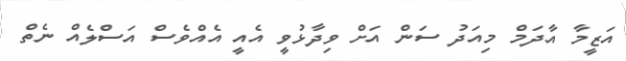
އަޒީމާ އާދަމް މިއަދު ސަން އަށް ވިދާޅުވީ އެއީ އެއްވެސް އަސްލެއް ނެތް